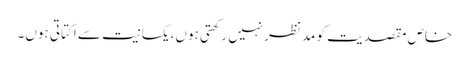
خاص مقصدیت کو مدنظرنہیں رکھتی ہوں،یکسانیت سے اکتاتی ہوں۔